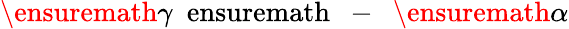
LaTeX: \ensuremath{\gamma}\mathrm{\mathrm{~\ ensuremath~{~-~}~}}\ensuremath{\alpha}